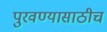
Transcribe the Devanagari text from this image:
पुरवण्यासाठीच